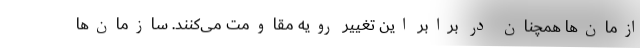
ازمان‌ها همچنان در برابر این تغییر رویه مقاومت می‌کنند. سازمان‌ها